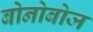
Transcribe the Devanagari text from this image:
बोनोबोज